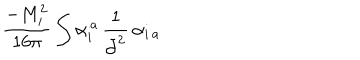
\frac { - M _ { i } ^ { 2 } } { 1 6 \pi } \int \alpha _ { i } ^ { \, a } \, \frac { 1 } { \bar { \partial } ^ { 2 } } \, \alpha _ { i \, a }